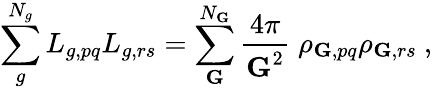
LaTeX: \sum_{g}^{N_{g}}L_{g,pq}L_{g,rs}=\sum_{\textbf{G}}^{N_{\textbf{G}}}\frac{4\pi}{\textbf{G}^{2}}\; \rho_{\textbf{G},pq}\rho_{\textbf{G},rs}~,